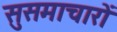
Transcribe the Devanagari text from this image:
सुसमाचारों